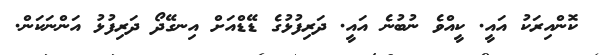
ކޮންއިރަކު އައީ. ކީއްވެ ނުބުނެ އައީ. ދަރިފުޅުގެ ޑޭޑްއަށް އިނގޭދޯ ދަރިފުޅު އަންނަކަން.